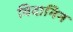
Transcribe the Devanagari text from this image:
विदानिन